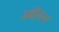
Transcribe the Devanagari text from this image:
अर्बनिस्म